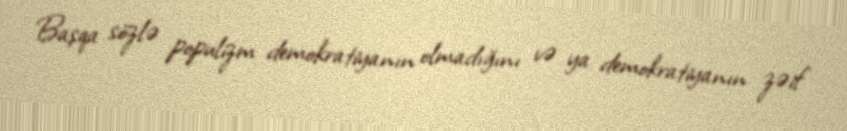
Başqa sözlə populizm demokratiyanın olmadığını və ya demokratiyanın zəif